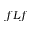
f L f